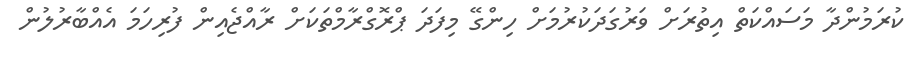
ކުރަމުންދާ މަސައްކަތް އިތުރަށް ވަރުގަދަކުރުމަށް ހިންގޭ މިފަދަ ޕްރޮގްރާމްތަކަށް ރާއްޖެއިން ފުރިހަމަ އެއްބާރުލުން